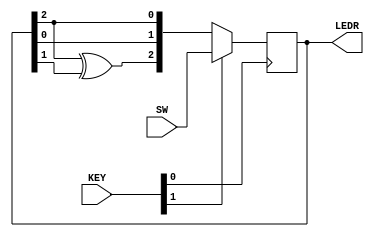
module top_module (
	input [2:0] SW,      // R
	input [1:0] KEY,     // L and clk
    output reg [2:0] LEDR    // Q
);
    always @(posedge KEY[0]) begin
        if (KEY[1])
            LEDR <= SW;
        else
            LEDR <= {LEDR[2]^LEDR[1], LEDR[0], LEDR[2]};
    end
endmodule